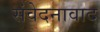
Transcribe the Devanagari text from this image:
संवेदनावाद